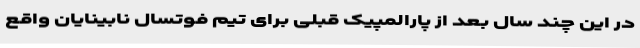
در این چند سال بعد از پارالمپیک قبلی برای تیم فوتسال نابینایان واقع